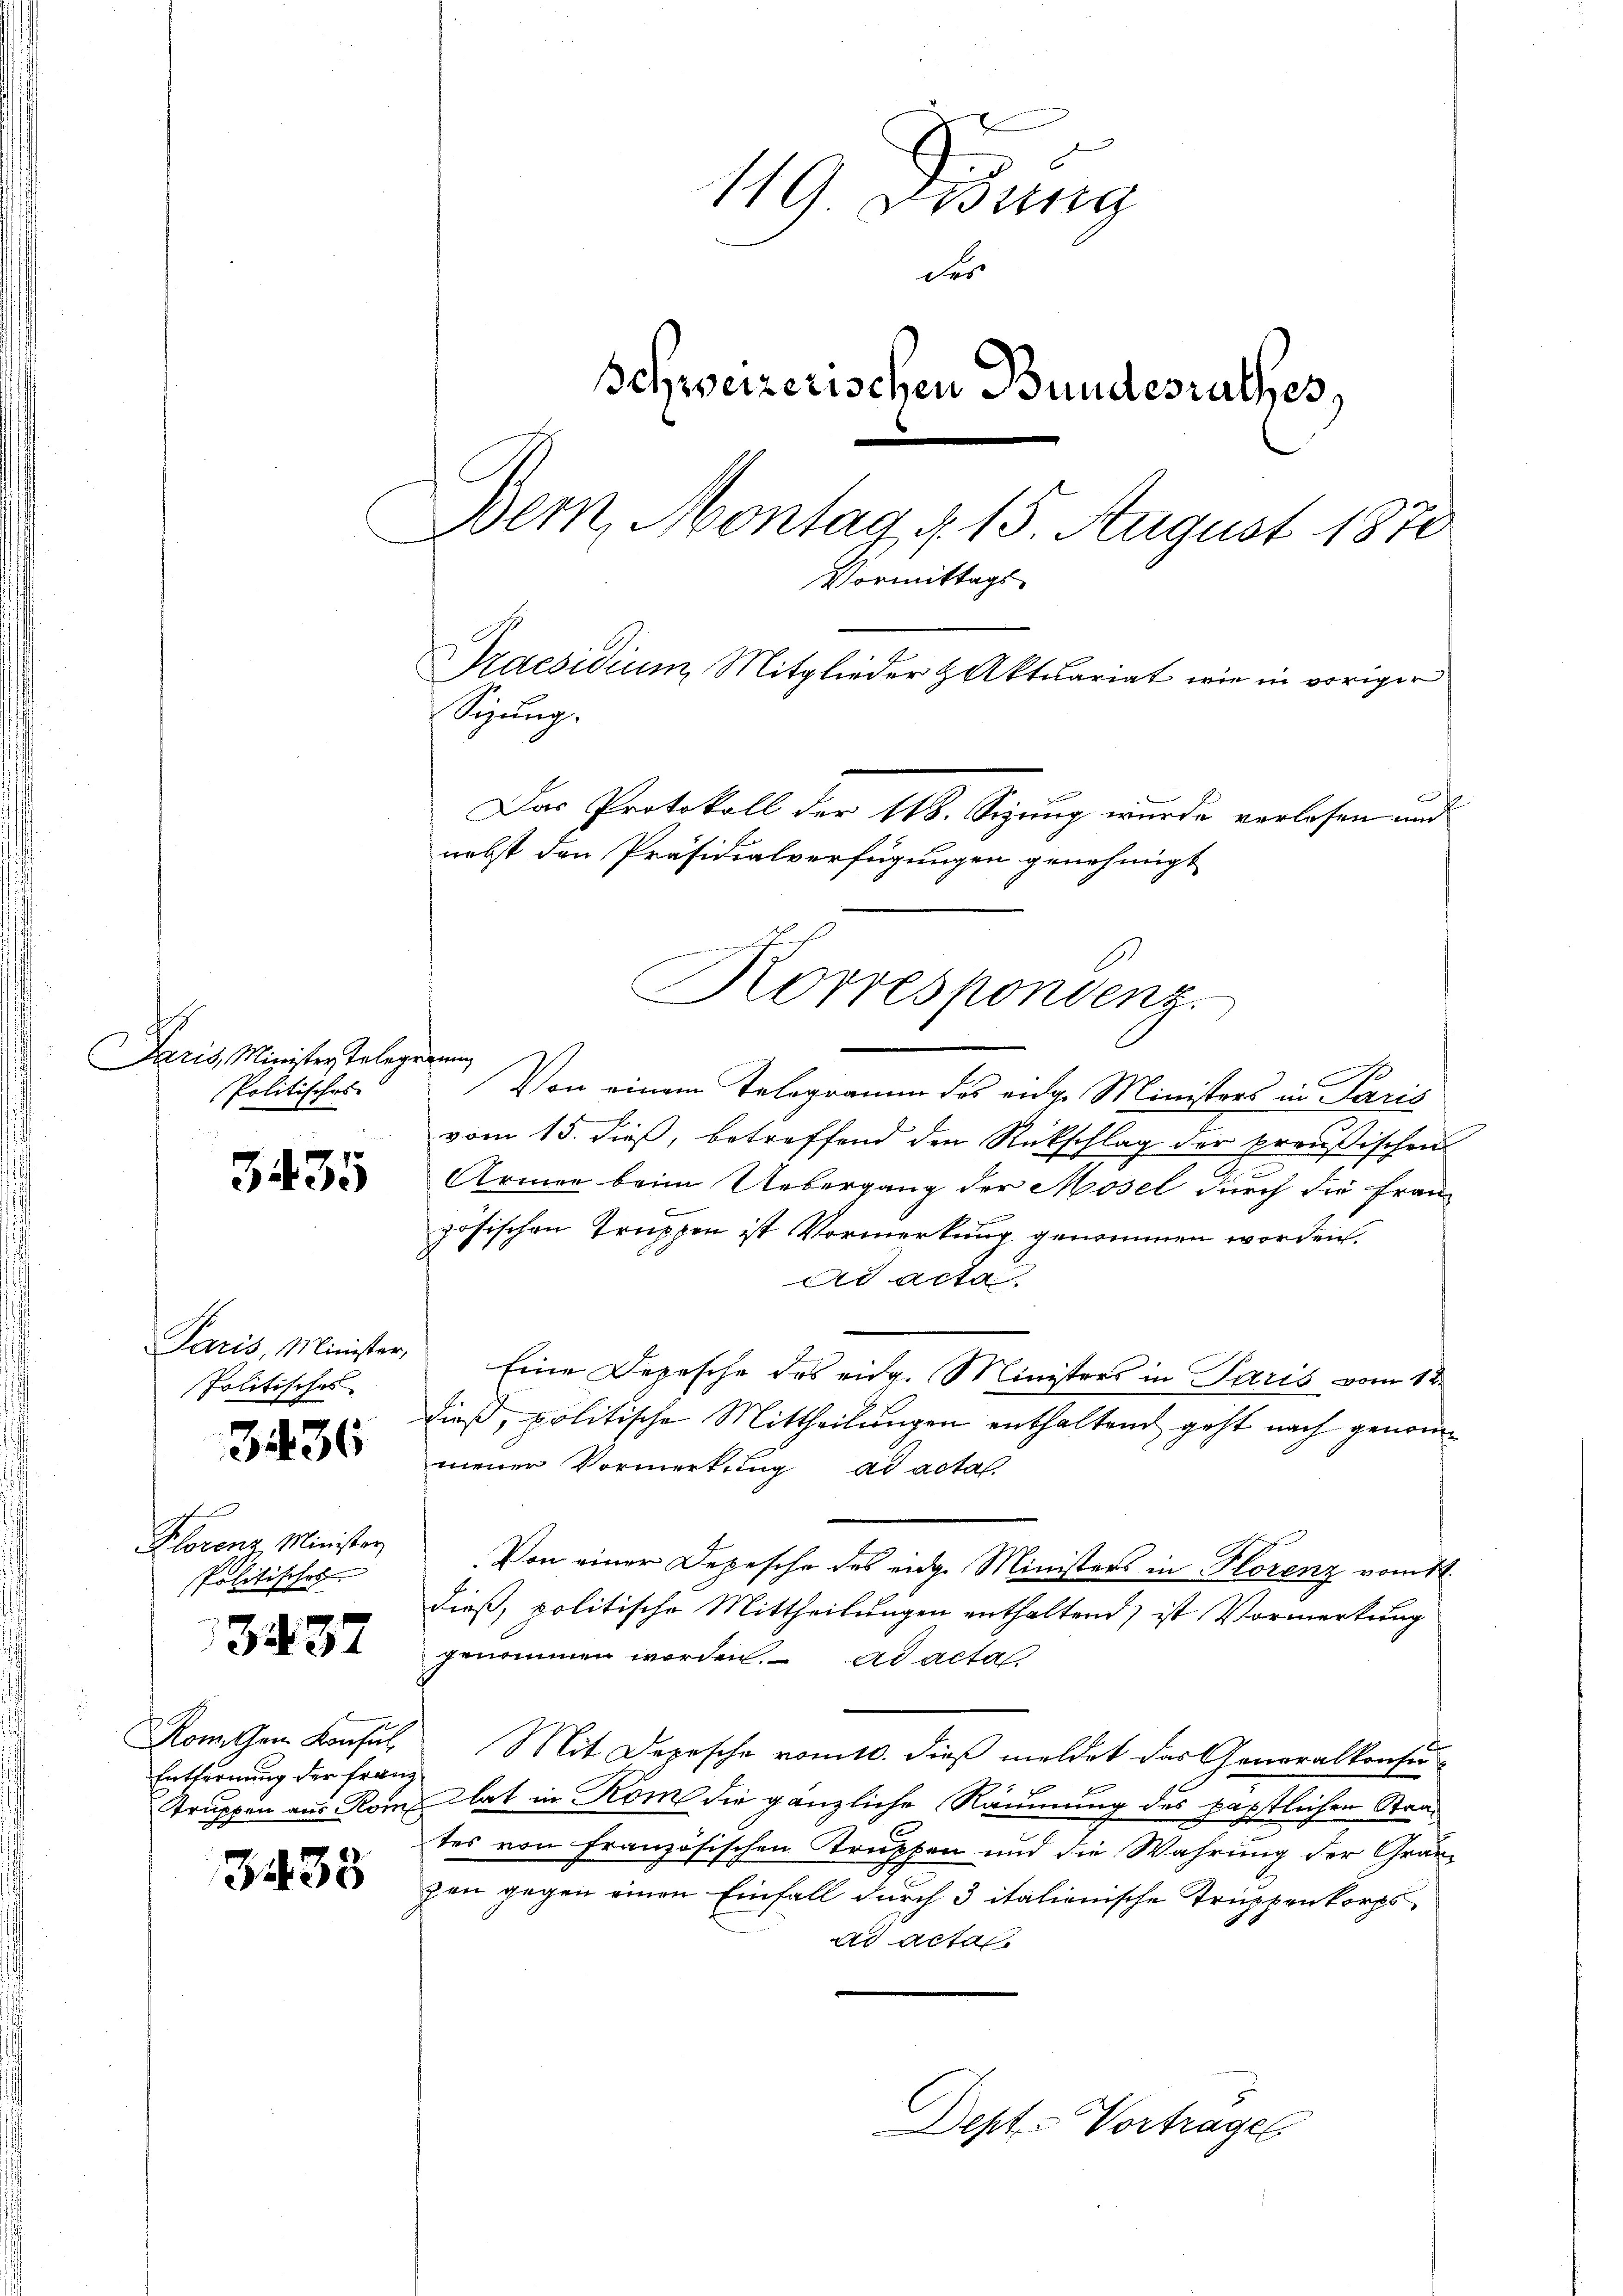
d
Paris, Minister Telegrau
Politisches

335

3436

Plorenz Minister
Politisches
3437

Rom sein Konsul
Entfernung der Franz

3433

119 Bisung
der
Schweizerischen Bundesrathes,
Bern, Montag d. 15 August 1870
Vormittags-
Praesidium Mitglieder & Aktuariat wie in voriger
Sizung.
Das Protokoll der 118. Sizung wurde verlesen und
nebst den Präsidialverfügungen genehmigt

Paris, Minister,
Politisches

Korrespondenz.

c
Von einem Telegramm des eidge Ministers in Paris

vom 13. dieß, betreffend den Rückschlag der preußischen
e
Armen beim Uebergang der Mösel durch die Frau
zösischen Truppen ist Vormerkung genommen worden.
ad acta
Eine Depesche des eidg. Ministers in Paris vom 12.
dieß, politische Mittheilungen enthaltend geht nach genommener Vormerkung ad acta.
Von einer Depesche des eidge Ministers in Florenz vom 11.
dieß, politische Mittheilungen enthaltend ist Vormerkung
genommen worden. ad acta
Mit Depesche vom 10. dieß meldet das Generalkonsu¬
 x
Truppen aus Rom hat in Rom die gänzliche Räumung des päpstlichen Staates von Französischen Struppen und die Wahrung der Granzen gegen einen Einfall durch 3 italienische Truppenkorps
ad acta
Dept. - Vortrages